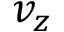
v _ { z }